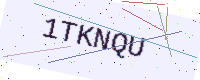
Text: 1TKNQU